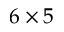
6 \times 5